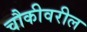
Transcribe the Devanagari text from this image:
चौकीवरील